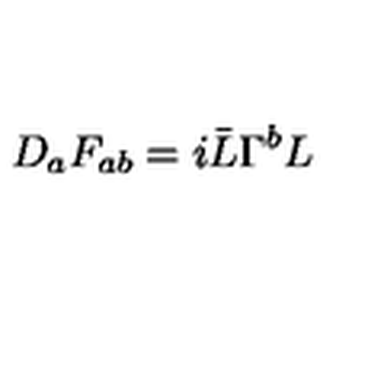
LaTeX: D _ { a } F _ { a b } = i \bar { L } \Gamma ^ { b } L